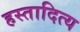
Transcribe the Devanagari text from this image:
हस्तादित्य